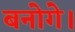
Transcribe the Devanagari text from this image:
बनोगे।